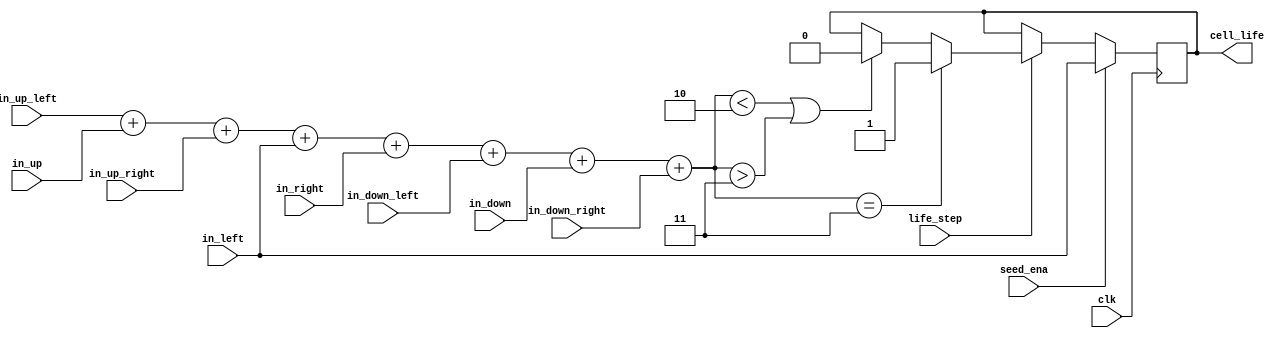

module xcell(
	input wire clk,
	input wire seed_ena,
	input wire life_step,
	input wire in_up_left,
	input wire in_up,
	input wire in_up_right,
	input wire in_left,
	input wire in_right,
	input wire in_down_left,
	input wire in_down,
	input wire in_down_right,
	output reg cell_life
);

wire [3:0]neighbor_number;
assign neighbor_number =
								in_up_left +
								in_up +
								in_up_right +
								in_left +
								in_right +
								in_down_left +
								in_down +
								in_down_right;
	
always @(posedge clk)
	if(seed_ena)
		cell_life <= in_left; 	//do load initial life into cell
	else
	if(life_step)					//recalculate new generation of life
	begin
		if( neighbor_number == 3 )
			cell_life <= 1'b1; //born
		else
		if( neighbor_number < 2 || neighbor_number > 3 )
			cell_life <= 1'b0; //die
	end

endmodule